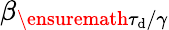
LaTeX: \beta_{\ensuremath{\tau_{\mathrm{d}}}/\gamma}